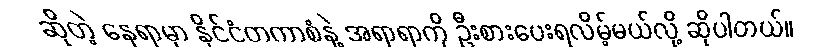
ဆိုတဲ့ နေရာမှာ နိုင်ငံတကာစံနဲ့ အရာရာကို ဦးစားပေးရလိမ့်မယ်လို့ ဆိုပါတယ်။